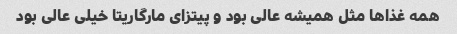
همه غذاها مثل همیشه عالی بود و پیتزای مارگاریتا خیلی عالی بود